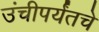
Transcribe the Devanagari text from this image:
उंचीपर्यंतचे